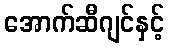
အောက်ဆီဂျင်နှင့်